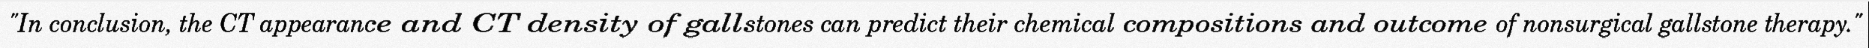
"In conclusion, the CT appearance and CT density of gallstones can predict their chemical compositions and outcome of nonsurgical gallstone therapy."